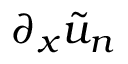
\partial _ { x } \tilde { u } _ { n }